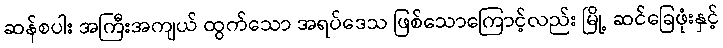
ဆန်စပါး အကြီးအကျယ် ထွက်သော အရပ်ဒေသ ဖြစ်သောကြောင့်လည်း မြို့ ဆင်ခြေဖုံးနှင့်